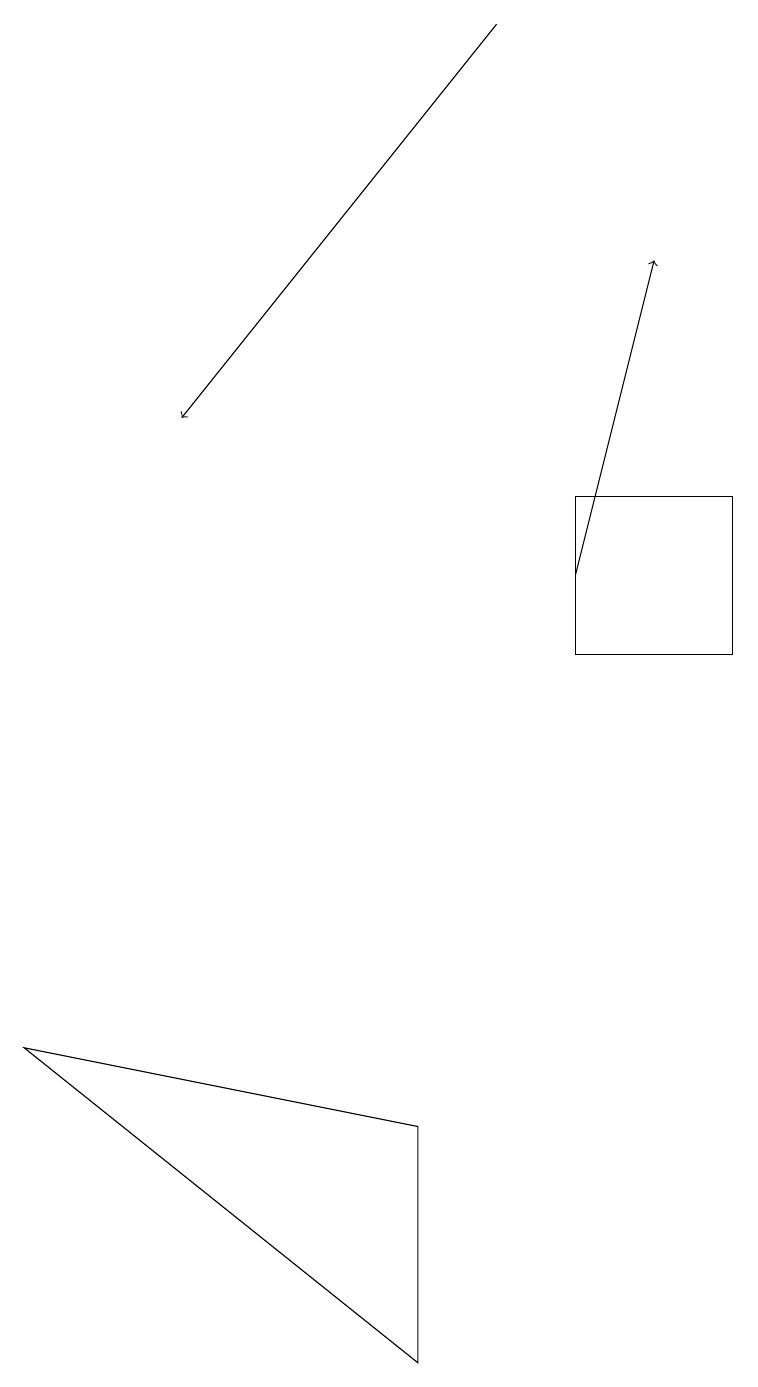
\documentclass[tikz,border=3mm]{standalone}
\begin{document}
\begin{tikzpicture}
\draw (9,13) rectangle (7,11);
\draw[->] (6,19) -- (2,14);
\draw (0,6) -- (5,5) -- (5,2) -- cycle;
\draw[->] (7,12) -- (8,16);
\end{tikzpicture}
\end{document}